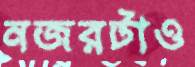
নজরটাও